King Institute of Preventive Medicine Micro-Biological Section reports 1909-11
Year: 1909
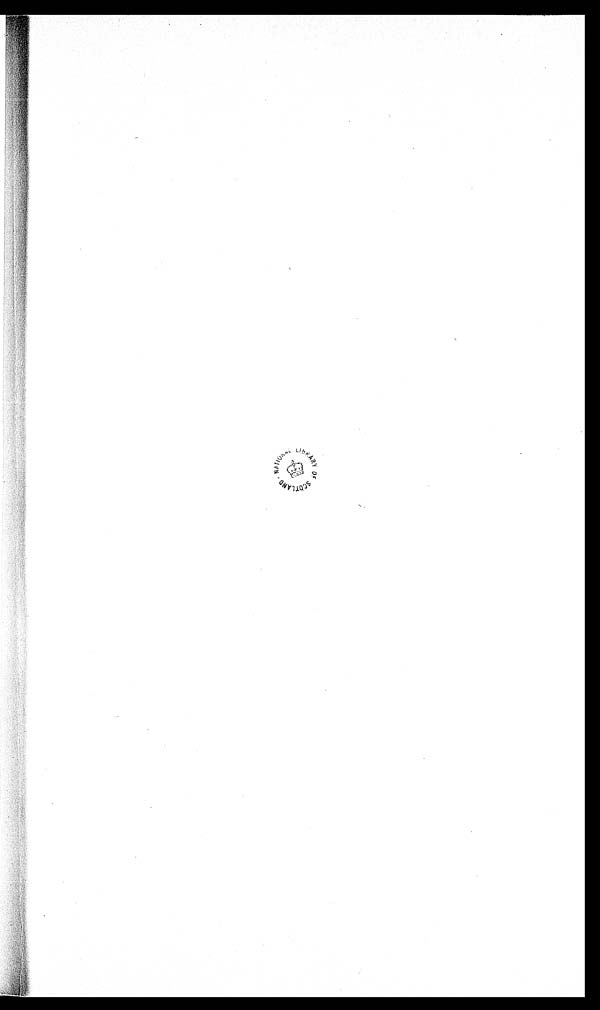
OF